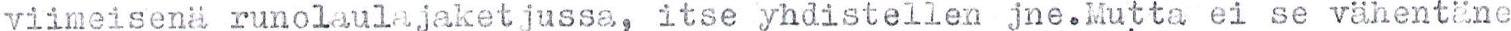
viimeisenä runolaulajaketjussa, itse yhdistellen jne.Mutta ei se vähentäne